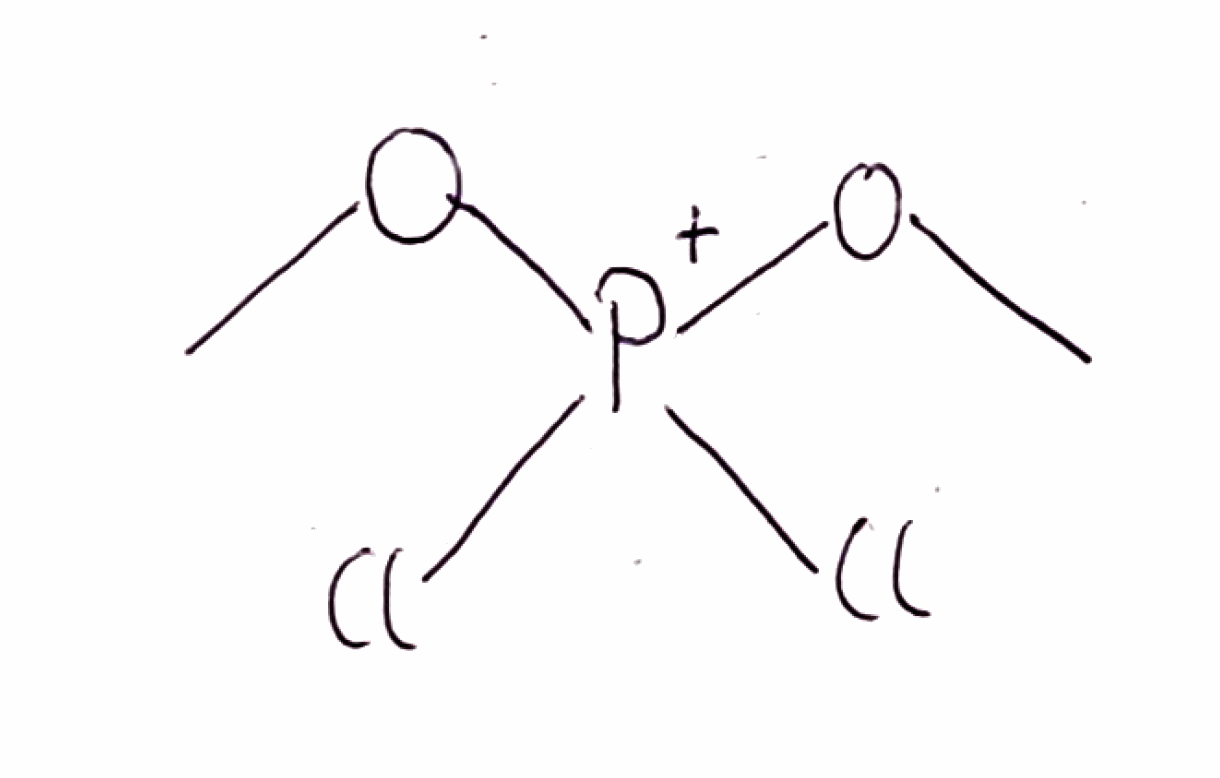
Simplified molecular-input line-entry system (SMILES) notation of the given molecule:
CO[P+](OC)(Cl)Cl